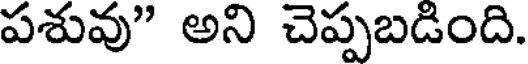
పశువు" అని చెప్పబడింది.